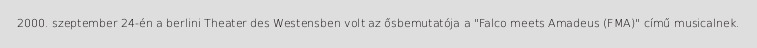
2000. szeptember 24-én a berlini Theater des Westensben volt az ősbemutatója a "Falco meets Amadeus (FMA)" című musicalnek.